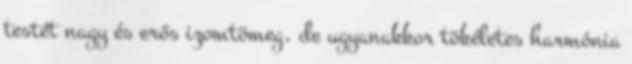
testét nagy és erős izomtömeg, de ugyanakkor tökéletes harmónia